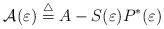
LaTeX: \begin{align*} \mathcal{A}(\varepsilon)\overset{\triangle}{=} A-S(\varepsilon)P^{*}(\varepsilon)\end{align*}